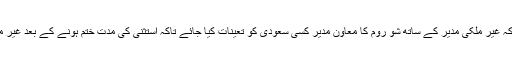
وزارت نے متعلقہ ادارے پر یہ پابندی بھی عائد کی ہے کہ غیر ملکی مدیر کے ساتھ شو روم کا معاون مدیر کسی سعودی کو تعینات کیا جائے تاکہ استثنیٰ کی مدت ختم ہونے کے بعد غیر ملکی مدیر کی جگہ سعودی مدیر خدمات انجام دے سکے۔